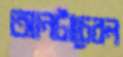
আনটাচেবল